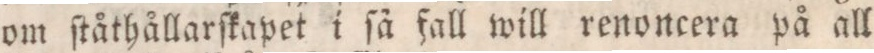
om ſtåthållarſkapet i ſå fall will renoncera på all